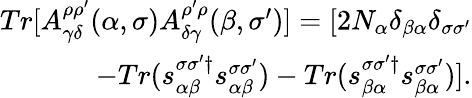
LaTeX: \begin{array}{r}{Tr[A_{\gamma\delta}^{\rho\rho^{\prime}}(\alpha,\sigma)A_{\delta\gamma}^{\rho^{\prime}\rho}(\beta,\sigma^{\prime})]=[2N_{\alpha}\delta_{\beta\alpha}\delta_{\sigma\sigma^{\prime}}}\\ {-Tr(s_{\alpha\beta}^{\sigma\sigma^{\prime}\dagger}s_{\alpha\beta}^{\sigma\sigma^{\prime}})-Tr(s_{\beta\alpha}^{\sigma\sigma^{\prime}\dagger}s_{\beta\alpha}^{\sigma\sigma^{\prime}})].}\end{array}